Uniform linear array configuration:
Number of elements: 8
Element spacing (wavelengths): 0.25
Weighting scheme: cosine
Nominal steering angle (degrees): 30
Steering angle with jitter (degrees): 30.517
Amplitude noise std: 0.05
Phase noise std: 0.05

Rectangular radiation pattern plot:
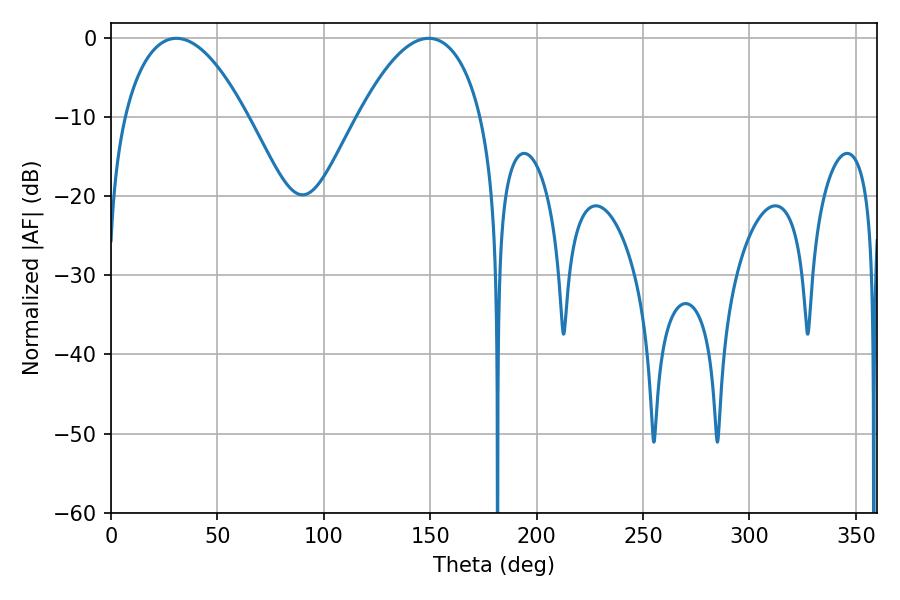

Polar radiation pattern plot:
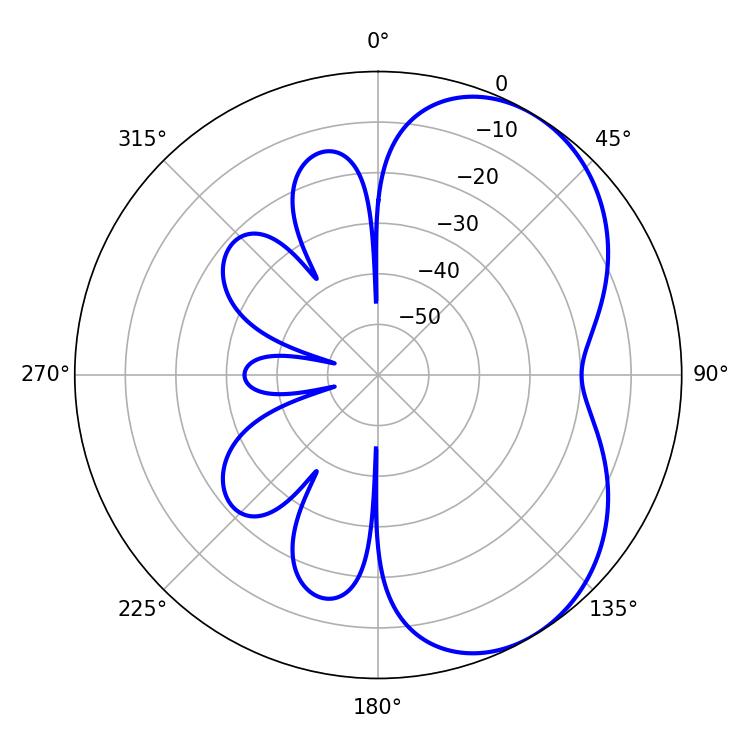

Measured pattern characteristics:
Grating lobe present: FALSE
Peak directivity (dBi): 4.935
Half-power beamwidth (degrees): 32.22
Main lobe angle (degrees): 30.78